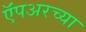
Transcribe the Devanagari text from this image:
ऍंपअरच्या